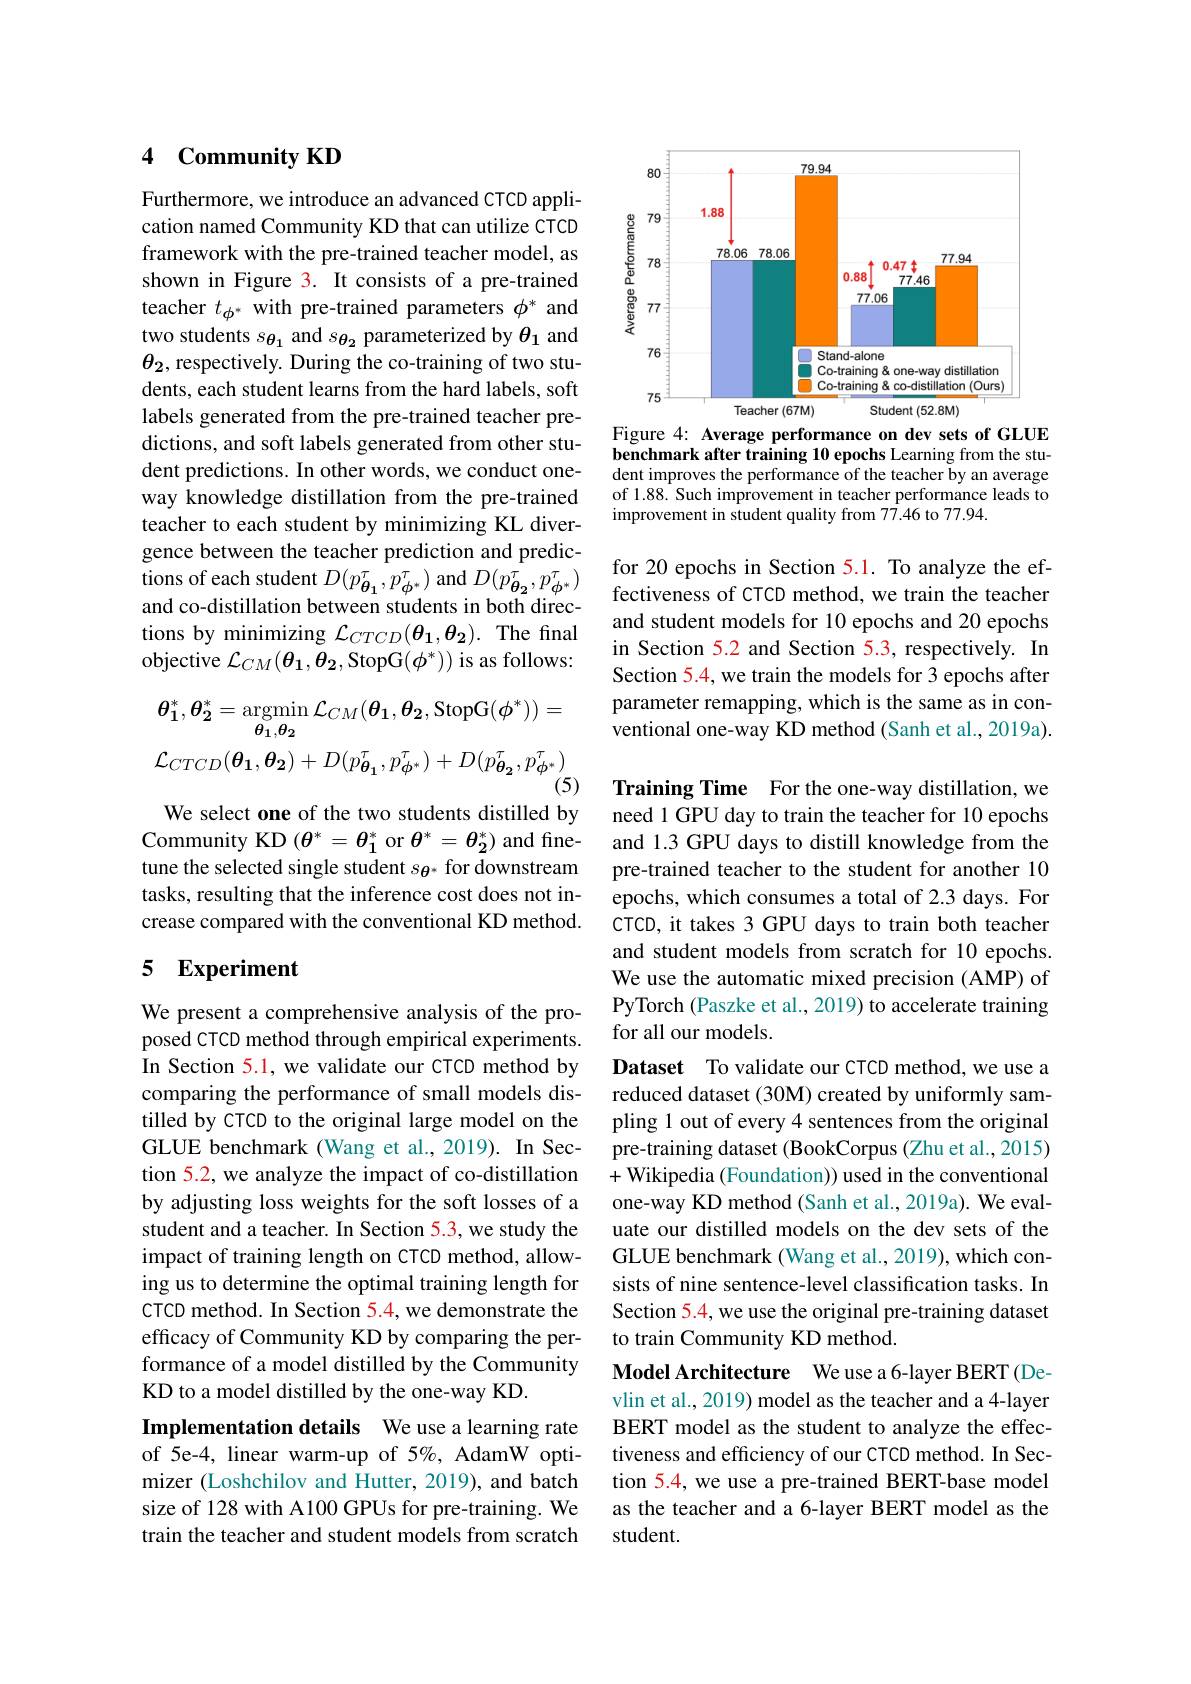
### $4\textbf{Community KD}$

Furthermore, we introduce an advanced CTCD application named Community KD that can utilize CTCD framework with the pre-trained teacher model, as shown in Figure 3. It consists of a pre-trained teacher $t_{\phi^{*}}$ with pre-trained parameters $\phi^{*}$ and two students $s_{\theta_1}$ and $s_{\theta_2}$ parameterized by $\theta_1$ and $\theta_{2}$, respectively. During the co-training of two students, each student learns from the hard labels, soft labels generated from the pre-trained teacher predictions, and soft labels generated from other student predictions. In other words, we conduct oneway knowledge distillation from the pre-trained teacher to each student by minimizing KL divergence between the teacher prediction and predictions of each student $D(p_{\boldsymbol{\theta}_{1}}^{\tau},p_{\boldsymbol{\phi}^{*}}^{\tau})$ and $D(p_{\boldsymbol{\theta}_{2}}^{\tau},p_{\boldsymbol{\phi}^{*}}^{\tau})$ and co-distillation between students in both directions by minimizing $\mathcal{L}_CTCD(\theta_1,\theta_2).$ The final objective $\mathcal{L}_CM(\boldsymbol{\theta}_1,\boldsymbol{\theta}_2$,StopG$(\boldsymbol\phi^*))$ is as follows:
$$\theta_{1}^{*},\theta_{2}^{*}=\operatorname*{argmin}_{\theta_{1},\theta_{2}}\mathcal{L}_{CM}(\theta_{1},\theta_{2},\mathrm{StopG}(\phi^{*}))=\\\mathcal{L}_{CTCD}(\boldsymbol{\theta_{1}},\boldsymbol{\theta_{2}})+D(p_{\boldsymbol{\theta_{1}}}^{\tau},p_{\boldsymbol{\phi^{*}}}^{\tau})+D(p_{\boldsymbol{\theta_{2}}}^{\tau},p_{\boldsymbol{\phi^{*}}}^{\tau})$$
We select one of the two students distilled by Community KD $( \theta ^* = \theta _1^*$ or $\theta^*=\theta_2^*)$ and finetune the selected single student $s_{\theta^*}$ for downstream tasks, resulting that the inference cost does not increase compared with the conventional KD method.

## 5 Experiment

We present a comprehensive analysis of the proposed CTCD method through empirical experiments. In Section 5.1, we validate our CTCD method by comparing the performance of small models distilled by CTCD to the original large model on the GLUE benchmark (Wang et al.,2019). In Section 5.2, we analyze the impact of co-distillation by adjusting loss weights for the soft losses of a student and a teacher. In Section 5.3, we study the impact of training length on CTCD method, allowing us to determine the optimal training length for CTCD method. In Section 5.4, we demonstrate the efficacy of Community KD by comparing the performance of a model distilled by the Community KD to a model distilled by the one-way KD.
Implementation details We use a learning rate of 5e-4, linear warm-up of 5%, AdamW optimizer (Loshchilov and Hutter, 2019), and batch size of 128 with A100 GPUs for pre-training. We train the teacher and student models from scratch

<FigureHere>
Figure 4: Average performance on dev sets of GLUE

benchmark after training 10 epochs Learning from the student improves the performance of the teacher by an average of 1.88. Such improvement in teacher performance leads to improvement in student quality from 77.46 to 77.94.

for 20 epochs in Section 5.1. To analyze the effectiveness of CTCD method, we train the teacher and student models for 10 epochs and 20 epochs in Section 5.2 and Section 5.3, respectively. In Section 5.4, we train the models for 3 epochs after parameter remapping, which is the same as in conventional one-way KD method (Sanh et al., 2019a).

Training Time For the one-way distillation, we need 1 GPU day to train the teacher for 10 epochs and 1.3 GPU days to distill knowledge from the pre-trained teacher to the student for another 10 epochs, which consumes a total of 2.3 days. For CTCD, it takes 3 GPU days to train both teacher and student models from scratch for 10 epochs. We use the automatic mixed precision (AMP) of PyTorch (Paszke et al., 2019) to accelerate training for all our models.
Dataset To validate our CTCD method, we use a reduced dataset (30M) created by uniformly sampling 1 out of every 4 sentences from the original pre-training dataset (BookCorpus (Zhu et al., 2015) +Wikipedia (Foundation)) used in the conventional one-way KD method (Sanh et al., 2019a). We evaluate our distilled models on the dev sets of the GLUE benchmark (Wang et al., 2019), which consists of nine sentence-level classification tasks. In Section 5.4, we use the original pre-training dataset to train Community KD method.
Model Architecture We use a 6-layer BERT(Devlin et al., 2019) model as the teacher and a 4-layer BERT model as the student to analyze the effectiveness and efficiency of our CTCD method. In Section 5.4, we use a pre-trained BERT-base model as the teacher and a 6-layer BERT model as the student.